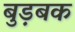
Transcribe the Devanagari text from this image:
बुड़बक